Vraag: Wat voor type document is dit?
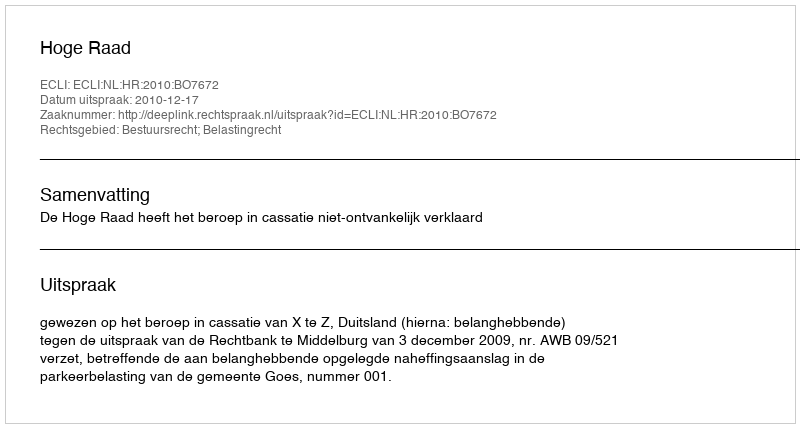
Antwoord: Uitspraak